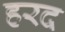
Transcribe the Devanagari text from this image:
हरद